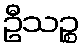
ဦသဉ္စ